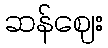
ဆန်ဈေး